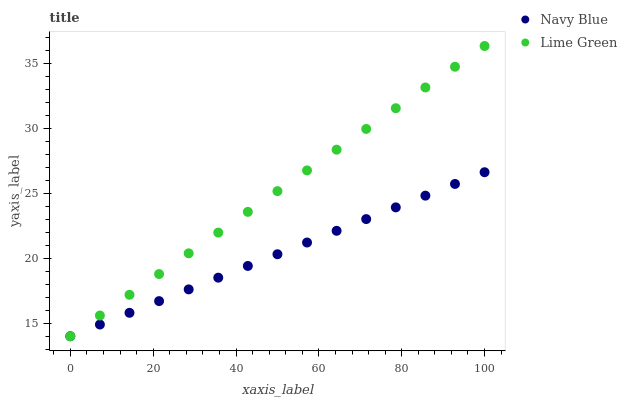
| xaxis_label | Navy Blue | Lime Green |
 | --- | --- | --- |
 | 0 | 14 | 14 |
 | 7.14 | 14.9 | 15.6 |
 | 14.3 | 15.8 | 17.2 |
 | 21.4 | 16.7 | 18.8 |
 | 28.6 | 17.6 | 20.4 |
 | 35.7 | 18.5 | 22 |
 | 42.9 | 19.4 | 23.6 |
 | 50 | 20.3 | 25.2 |
 | 57.1 | 21.2 | 26.8 |
 | 64.3 | 22.1 | 28.4 |
 | 71.4 | 23 | 29.9 |
 | 78.6 | 23.9 | 31.5 |
 | 85.7 | 24.8 | 33.1 |
 | 92.9 | 25.7 | 34.7 |
 | 100 | 26.6 | 36.3 |